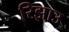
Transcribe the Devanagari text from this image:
रिझाउ